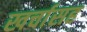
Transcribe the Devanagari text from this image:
खर्चासह